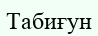
Табиғун